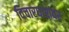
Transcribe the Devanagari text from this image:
विचारधारांवर